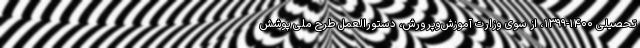
تحصیلی ۱۴۰۰-۱۳۹۹، از سوی وزارت آموزش‌وپرورش، دستورالعمل طرح ملی پوشش